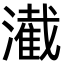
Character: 㵶